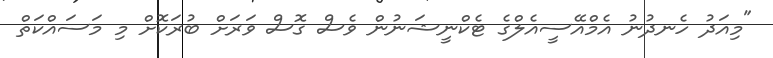
"މިއަދު ހެނދުނު އެމްއޭސީއެލްގެ ޓެކްނީޝަނުން ވެސް ގޮސް ވަރަށް ބުރަކޮށް މި މަސައްކަތް